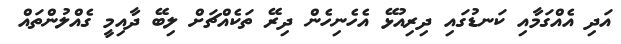
އަދި އެއްގަމާއި ކަނޑުގައި ދިރިއުޅޭ އެހެނިހެން ދިރޭ ތަކެއްޗަށް ލިބޭ ދާއިމީ ގެއްލުންތައް